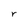
Character: r